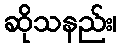
ဆိုသနည်း၊